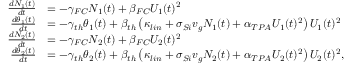
\begin{array} { r l } { \frac { d N _ { 1 } ( t ) } { d t } } & { = - \gamma _ { F C } N _ { 1 } ( t ) + \beta _ { F C } U _ { 1 } ( t ) ^ { 2 } } \\ { \frac { d \theta _ { 1 } ( t ) } { d t } } & { = - \gamma _ { t h } \theta _ { 1 } ( t ) + \beta _ { t h } \left( \kappa _ { l i n } + \sigma _ { S i } v _ { g } N _ { 1 } ( t ) + \alpha _ { T P A } U _ { 1 } ( t ) ^ { 2 } \right) U _ { 1 } ( t ) ^ { 2 } } \\ { \frac { d N _ { 2 } ( t ) } { d t } } & { = - \gamma _ { F C } N _ { 2 } ( t ) + \beta _ { F C } U _ { 2 } ( t ) ^ { 2 } } \\ { \frac { d \theta _ { 2 } ( t ) } { d t } } & { = - \gamma _ { t h } \theta _ { 2 } ( t ) + \beta _ { t h } \left( \kappa _ { l i n } + \sigma _ { S i } v _ { g } N _ { 2 } ( t ) + \alpha _ { T P A } U _ { 2 } ( t ) ^ { 2 } \right) U _ { 2 } ( t ) ^ { 2 } , } \end{array}